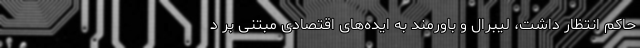
حاکم انتظار داشت، لیبرال و باورمند به ایده‌های اقتصادی مبتنی بر د